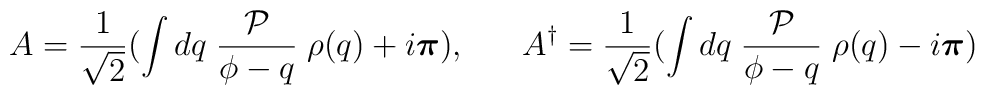
A = \frac{1}{\sqrt 2}( \int  dq \; \frac{{\cal P}}{\phi - q} \; \rho (q)+ i \textup{\boldmath $\pi$}), \;\;\;\;\;\; A^{\dagger} = \frac{1}{\sqrt 2} (\int  dq \; \frac{{\cal P}}{\phi - q} \; \rho (q) - i \textup{\boldmath $\pi$})